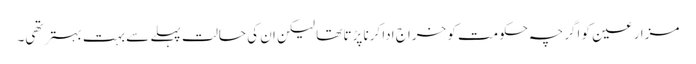
مزارعین کو اگرچہ حکومت کو خراج ادا کرنا پڑتا تھا لیکن ان کی حالت پہلے سے بہت بہتر تھی۔